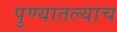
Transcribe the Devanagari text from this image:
पुण्यातल्याच